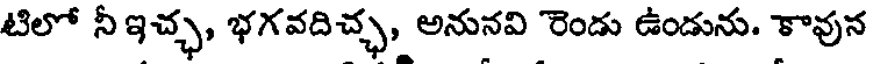
టిలో నీ ఇచ్ఛ, భగవదిచ్ఛ, అనునవి రెండు ఉండును. కావున